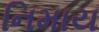
નિમાય